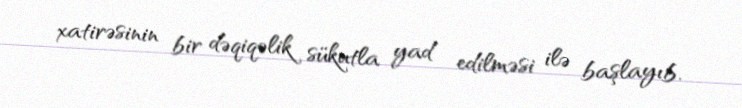
xatirəsinin bir dəqiqəlik sükutla yad edilməsi ilə başlayıb.